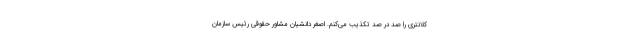
کلانتری را صد در صد تکذیب می‌کنم. اصغر دانشیان مشاور حقوقی رئیس سازمان